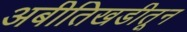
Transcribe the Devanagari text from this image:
अबीतिखडीतून